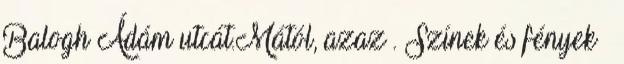
Balogh Ádám utcát.Mától, azaz . Színek és fények –